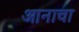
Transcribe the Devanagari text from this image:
आनाचा